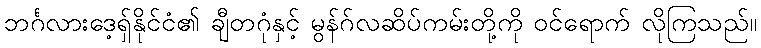
ဘင်္ဂလားဒေ့ရှ်နိုင်ငံ၏ ချီတဂုံနှင့် မွန်ဂ်လဆိပ်ကမ်းတို့ကို ဝင်ရောက် လိုကြသည်။